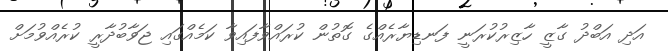
އަދި އަބްދު ގާޒީ ހާޒިރުކުރަނީ ފަނޑިޔާރެއްގެ ގޮތުން ކުރައްވާފައިވާ ކަމެއްގައި ޖަވާބުދާރީ ކުރެއްވުމަށް